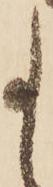
事